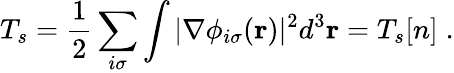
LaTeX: T_{s}=\frac{1}{2}\sum_{i\sigma}\int|\nabla\phi_{i\sigma}({\mathbf r})|^{2}d^{3}{\mathbf r}=T_{s}[n]\; .